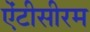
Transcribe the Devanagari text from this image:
ऐंटीसीरम